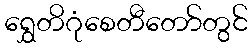
ရွှေတိဂုံစေတီတော်တွင်